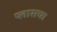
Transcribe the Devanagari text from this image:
प्लासचा